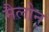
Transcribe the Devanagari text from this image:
मैलोन्